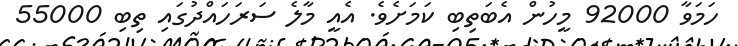
ހަމަވާ 92000 މީހުން އެބަތިބި ކަމަށެވެ. އެއީ މާލެ ސަރަހައްދުގައި ތިބި 55000